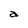
Character: a